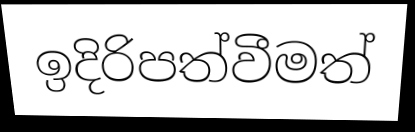
ඉදිරිපත්වීමත්